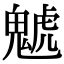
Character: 䰧